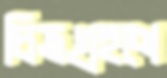
চিত্রগ্রহণে